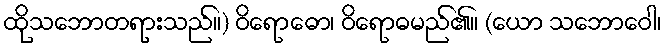
ထိုသဘောတရားသည်။) ဝိရောဓော၊ ဝိရောဓမည်၏။ (ယော သဘောဝေါ၊